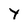
Character: Y